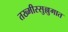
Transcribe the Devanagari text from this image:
तख्मीस्सुल्लुगात